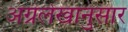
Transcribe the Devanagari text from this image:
अग्रलेखानुसार